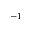
^ { - 1 }